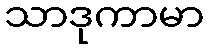
သာဒုကာမာ